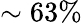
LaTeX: \sim 63\%